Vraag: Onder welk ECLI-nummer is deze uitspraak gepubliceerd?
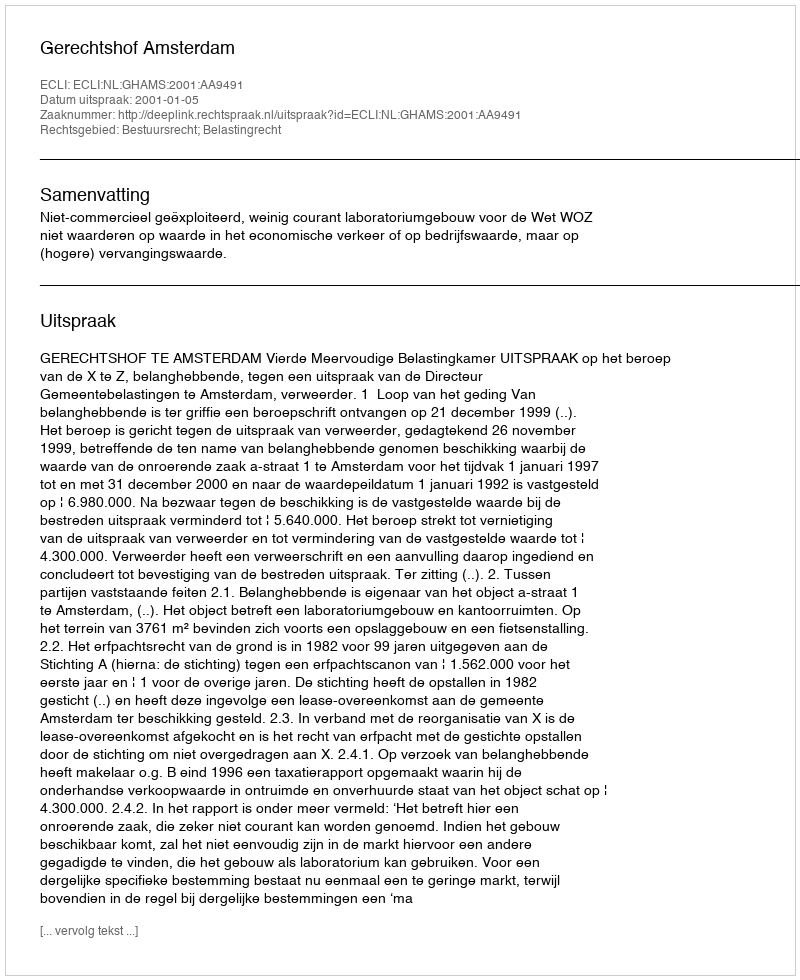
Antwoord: ECLI:NL:GHAMS:2001:AA9491